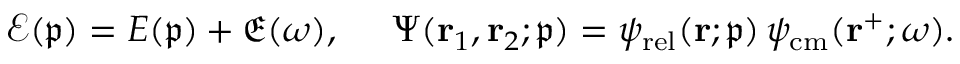
\mathcal { E } ( \mathfrak { p } ) = E ( \mathfrak { p } ) + \mathfrak { E } ( \omega ) , \; \; \; \; \; \Psi ( \mathbf { r } _ { 1 } , \mathbf { r } _ { 2 } ; \mathfrak { p } ) = \psi _ { \mathrm { r e l } } ( \mathbf { r } ; \mathfrak { p } ) \, \psi _ { \mathrm { c m } } ( \mathbf { r } ^ { + } ; \omega ) .